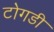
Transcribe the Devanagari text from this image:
टोगडी